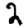
Digit: 2